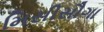
મિસીસૌગા